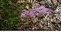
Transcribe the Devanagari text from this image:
नेप्लूनियम